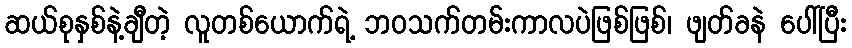
ဆယ်စုနှစ်နဲ့ချီတဲ့ လူတစ်ယောက်ရဲ့ ဘဝသက်တမ်းကာလပဲဖြစ်ဖြစ်၊ ဖျတ်ခနဲ ပေါ်ပြီး